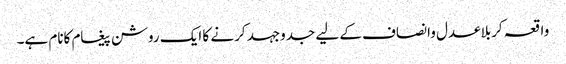
واقعہ کربلاعدل وانصاف کے لیے جدوجہد کرنے کا ایک روشن پیغام کانام ہے۔